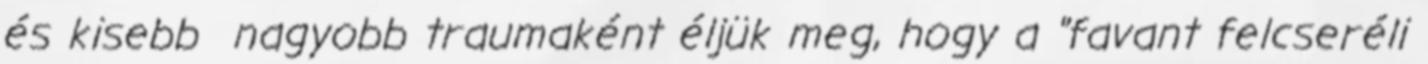
és kisebb nagyobb traumaként éljük meg, hogy a "favant felcseréli